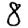
Digit: 8